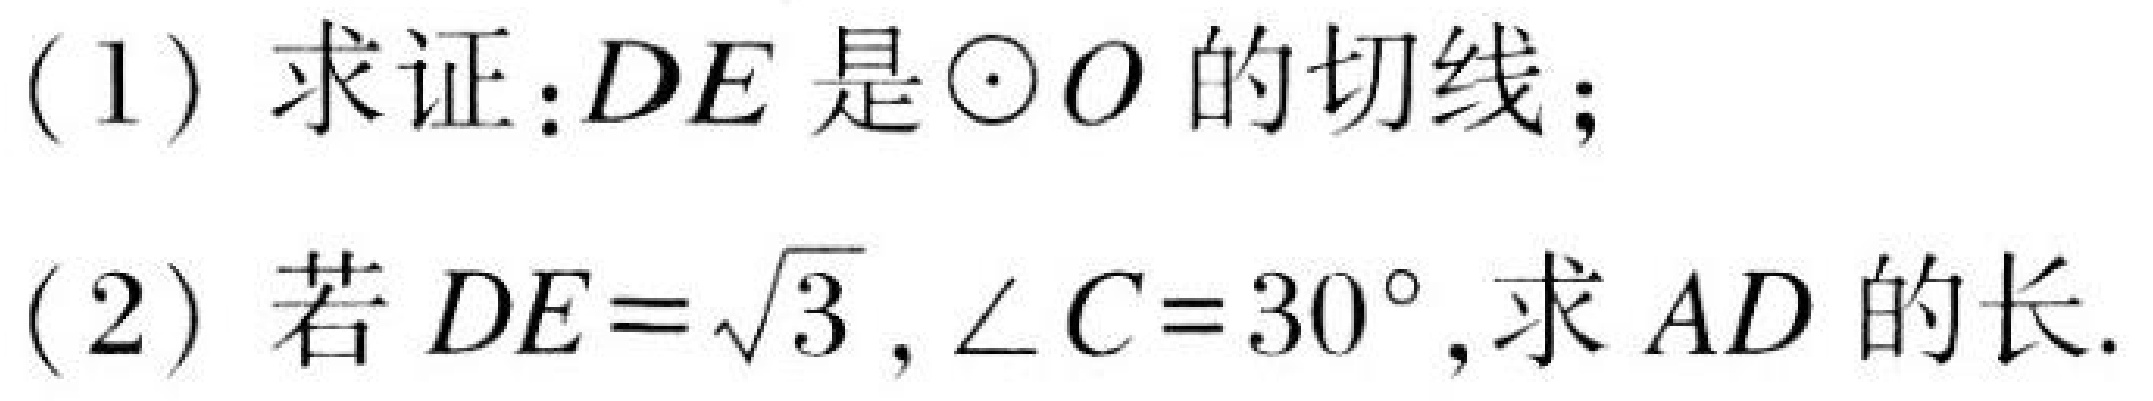
(1) 求证：\(DE\)是\(\odot O\)的切线；
(2) 若\(DE = \sqrt{3}\), \(\angle C = 30^{\circ}\), 求\(AD\)的长.